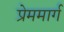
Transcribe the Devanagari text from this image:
प्रेममार्ग